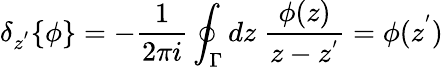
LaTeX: {\delta}_{z^{'}}\{ \phi\} =-\frac{1}{2\pi i}\oint_{\Gamma}dz\; \frac{\phi(z)}{z-z^{'}}=\phi(z^{'})